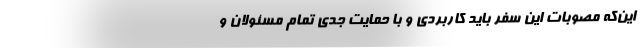
این‌که مصوبات این سفر باید کاربردی و با حمایت جدی تمام مسئولان و